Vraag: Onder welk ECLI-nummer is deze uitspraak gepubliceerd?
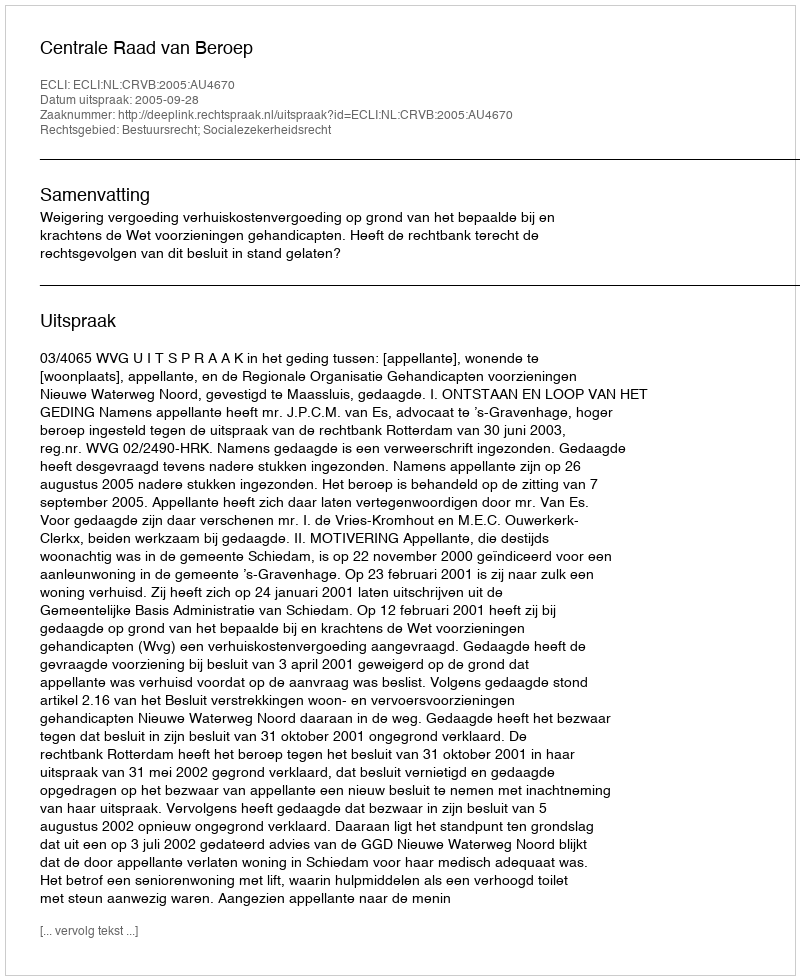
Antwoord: ECLI:NL:CRVB:2005:AU4670